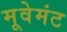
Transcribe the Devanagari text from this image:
मूवेमंट